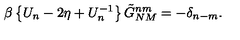
\beta \left\{ U _ { n } - 2 \eta + U _ { n } ^ { - 1 } \right\} \tilde { G } _ { N M } ^ { n m } = - \delta _ { n - m } .